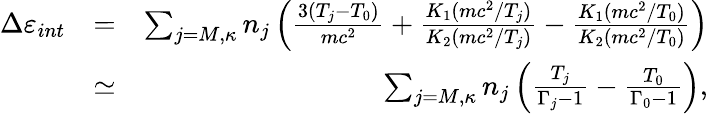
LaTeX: \begin{array}{rlr}{\Delta\varepsilon_{int}}&{=}&{\sum_{j=M,\kappa}n_{j}\left(\frac{3(T_{j}-T_{0})}{mc^{2}}+\frac{K_{1}(mc^{2}/T_{j})}{K_{2}(mc^{2}/T_{j})}-\frac{K_{1}(mc^{2}/T_{0})}{K_{2}(mc^{2}/T_{0})}\right)}\\ &{\simeq}&{\sum_{j=M,\kappa}n_{j}\left(\frac{T_{j}}{\Gamma_{j}-1}-\frac{T_{0}}{\Gamma_{0}-1}\right),}\end{array}